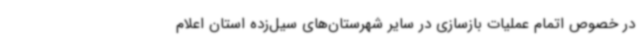
در خصوص اتمام عملیات بازسازی در سایر شهرستان‌های سیل‌زده استان اعلام